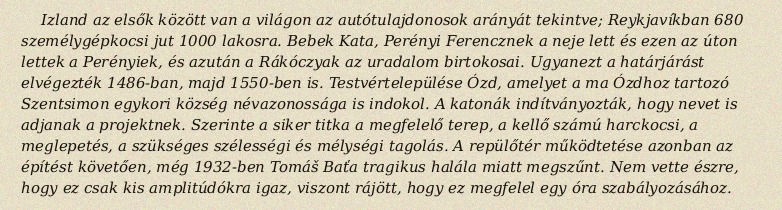
Izland az elsők között van a világon az autótulajdonosok arányát tekintve; Reykjavíkban 680 személygépkocsi jut 1000 lakosra. Bebek Kata, Perényi Ferencznek a neje lett és ezen az úton lettek a Perényiek, és azután a Rákóczyak az uradalom birtokosai. Ugyanezt a határjárást elvégezték 1486-ban, majd 1550-ben is. Testvértelepülése Ózd, amelyet a ma Ózdhoz tartozó Szentsimon egykori község névazonossága is indokol. A katonák indítványozták, hogy nevet is adjanak a projektnek. Szerinte a siker titka a megfelelő terep, a kellő számú harckocsi, a meglepetés, a szükséges szélességi és mélységi tagolás. A repülőtér működtetése azonban az építést követően, még 1932-ben Tomáš Baťa tragikus halála miatt megszűnt. Nem vette észre, hogy ez csak kis amplitúdókra igaz, viszont rájött, hogy ez megfelel egy óra szabályozásához.